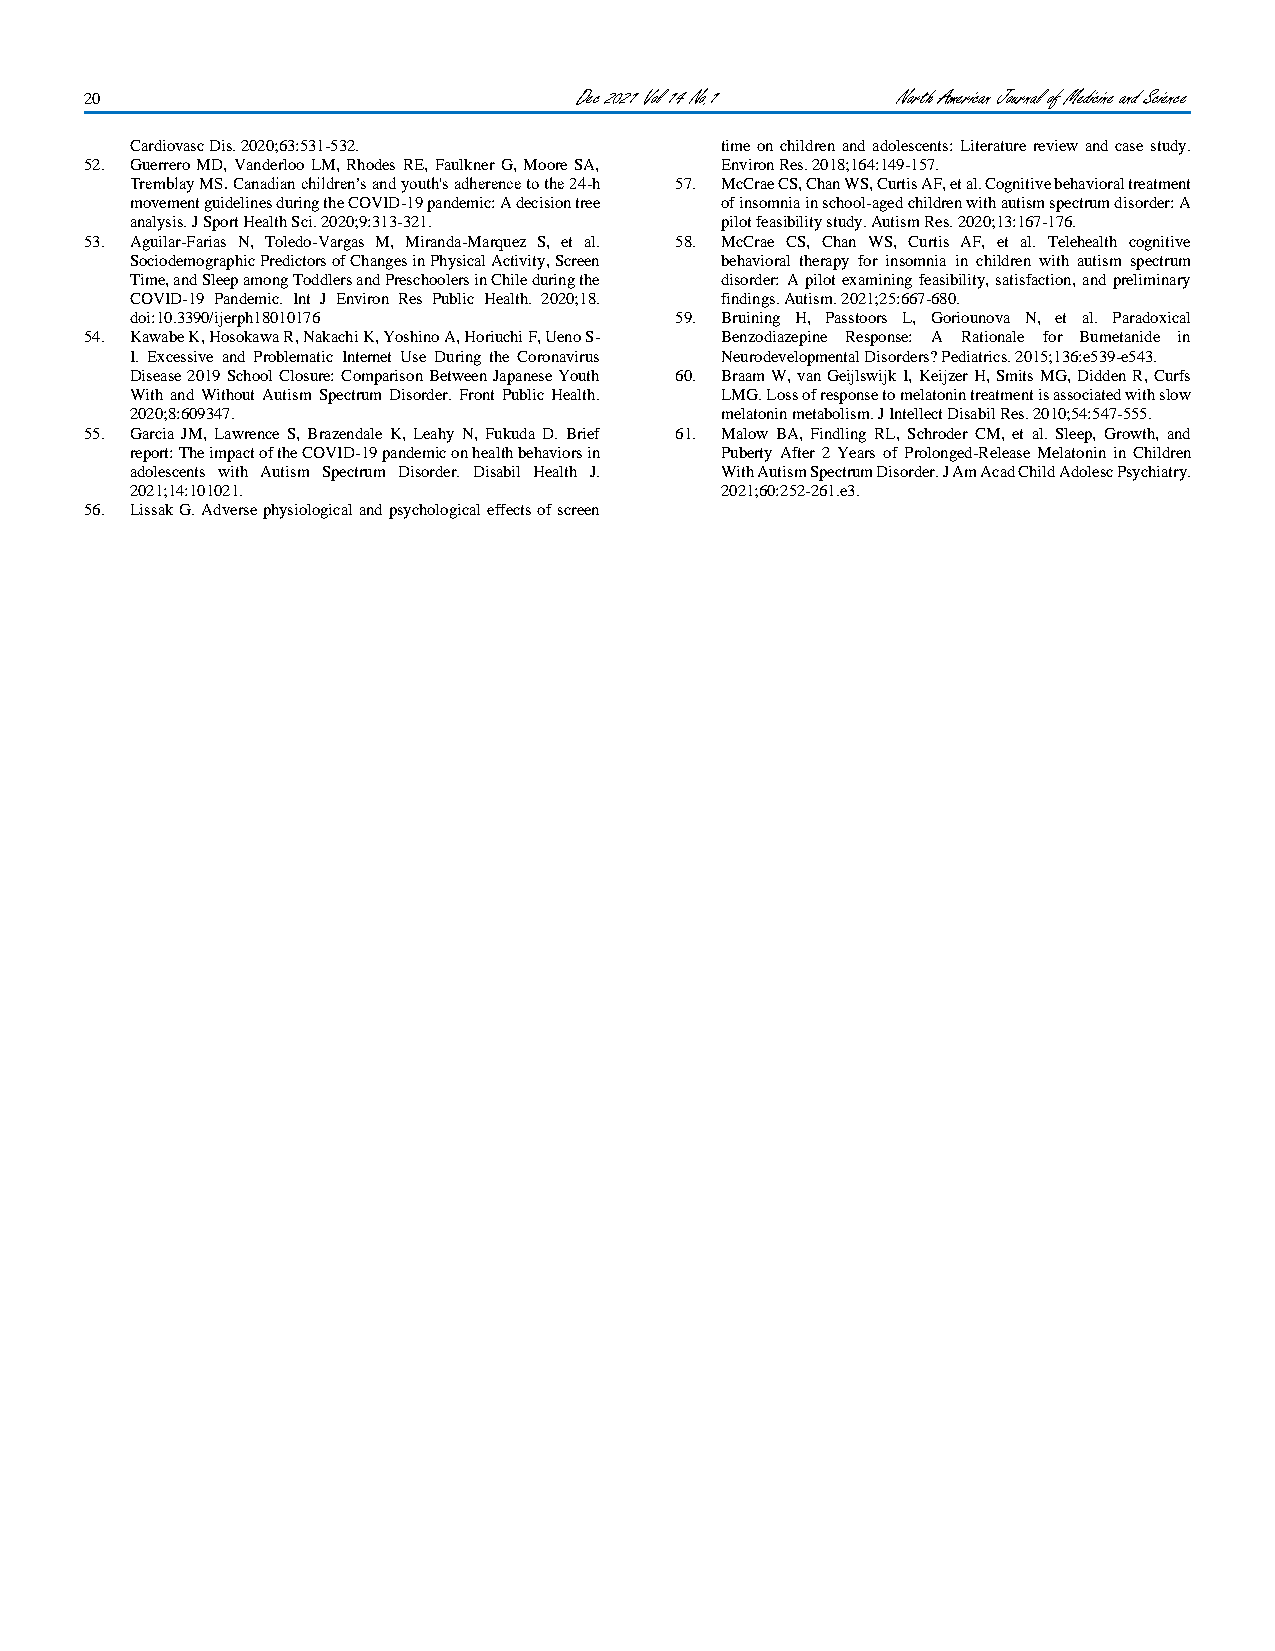
20                              Dec 2021 Vol 14 No.1 North American Journal of Medicine and Science
 Cardiovasc Dis. 2020;63:531-532.       time on children and adolescents: Literature review and case study.
 52. Guerrero MD, Vanderloo LM, Rhodes RE, Faulkner G, Moore SA, Environ Res. 2018;164:149-157.
 Tremblay MS. Canadian children’s and youth's adherence to the 24-h 57. McCrae CS, Chan WS, Curtis AF, et al. Cognitive behavioral treatment
 movement guidelines during the COVID-19 pandemic: A decision tree of insomnia in school-aged children with autism spectrum disorder: A
 analysis. J Sport Health Sci. 2020;9:313-321. pilot feasibility study. Autism Res. 2020;13:167-176.
 53. Aguilar-Farias N, Toledo-Vargas M, Miranda-Marquez S, et al. 58. McCrae CS, Chan WS, Curtis AF, et al. Telehealth cognitive
 Sociodemographic Predictors of Changes in Physical Activity, Screen behavioral therapy for insomnia in children with autism spectrum
 Time, and Sleep among Toddlers and Preschoolers in Chile during the disorder: A pilot examining feasibility, satisfaction, and preliminary
 COVID-19 Pandemic. Int J Environ Res Public Health. 2020;18. findings. Autism. 2021;25:667-680.
 doi:10.3390/ijerph18010176          59. Bruining H, Passtoors L, Goriounova N, et al. Paradoxical
 54. Kawabe K, Hosokawa R, Nakachi K, Yoshino A, Horiuchi F, Ueno S- Benzodiazepine Response: A Rationale for Bumetanide in
 I. Excessive and Problematic Internet Use During the Coronavirus Neurodevelopmental Disorders? Pediatrics. 2015;136:e539-e543.
 Disease 2019 School Closure: Comparison Between Japanese Youth 60. Braam W, van Geijlswijk I, Keijzer H, Smits MG, Didden R, Curfs
 With and Without Autism Spectrum Disorder. Front Public Health. LMG. Loss of response to melatonin treatment is associated with slow
 2020;8:609347.                         melatonin metabolism. J Intellect Disabil Res. 2010;54:547-555.
 55. Garcia JM, Lawrence S, Brazendale K, Leahy N, Fukuda D. Brief 61. Malow BA, Findling RL, Schroder CM, et al. Sleep, Growth, and
 report: The impact of the COVID-19 pandemic on health behaviors in Puberty After 2 Years of Prolonged-Release Melatonin in Children
 adolescents with Autism Spectrum Disorder. Disabil Health J. With Autism Spectrum Disorder. J Am Acad Child Adolesc Psychiatry.
 2021;14:101021.                        2021;60:252-261.e3.
 56. Lissak G. Adverse physiological and psychological effects of screen